Civil Veterinary Department Bengal reports 1923-33 - 1923-1933
Year: 1923
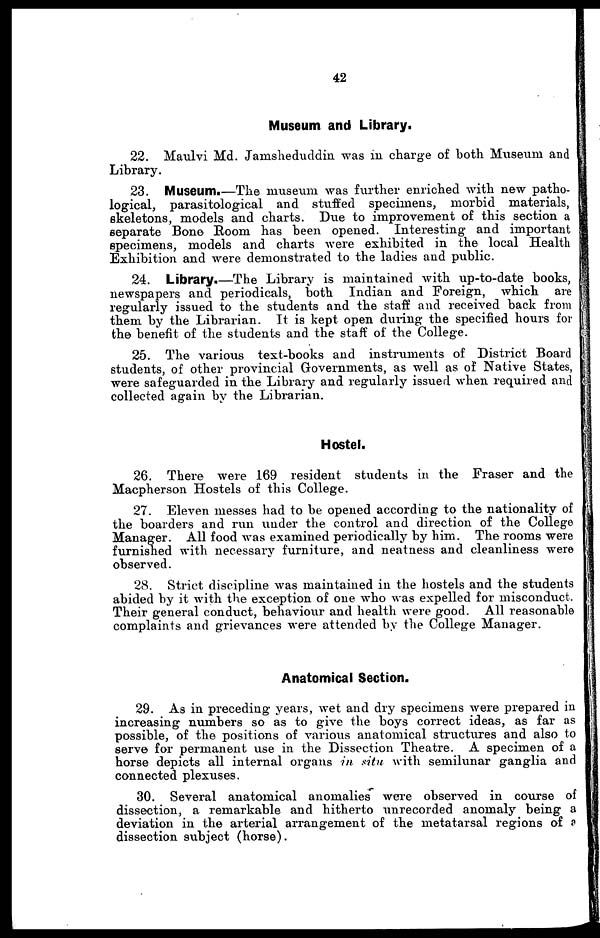
42
Museum and Library.
22. Maulvi Md. Jamsheduddin was in charge of both Museum and
Library.
23. Museum.—The museum was further enriched with new patho-
logical, parasitological and stuffed specimens, morbid materials,
skeletons, models and charts. Due to improvement of this section a
separate Bone Room has been opened. Interesting and important
specimens, models and charts were exhibited in the local Health
Exhibition and were demonstrated to the ladies and public.
24. Library.—The Library is maintained with up-to-date books,
newspapers and periodicals, both Indian and Foreign, which are
regularly issued to the students and the staff and received back from
them by the Librarian. It is kept open during the specified hours for
the benefit of the students and the staff of the College.
25. The various text-books and instruments of District Board
students, of other provincial Governments, as well as of Native States,
were safeguarded in the Library and regularly issued when required and
collected again by the Librarian.
Hostel.
26. There were 169 resident students in the Fraser and the
Macpherson Hostels of this College.
27. Eleven messes had to be opened according to the nationality of
the boarders and run under the control and direction of the College
Manager. All food was examined periodically by him. The rooms were
furnished with necessary furniture, and neatness and cleanliness were
observed.
28. Strict discipline was maintained in the hostels and the students
abided by it with the exception of one who was expelled for misconduct.
Their general conduct, behaviour and health were good. All reasonable
complaints and grievances were attended by the College Manager.
Anatomical Section.
29. As in preceding years, wet and dry specimens were prepared in
increasing numbers so as to give the boys correct ideas, as far as
possible, of the positions of various anatomical structures and also to
serve for permanent use in the Dissection Theatre. A specimen of a
horse depicts all internal organs in situ with semilunar ganglia and
connected plexuses.
30. Several anatomical anomalies were observed in course of
dissection, a remarkable and hitherto unrecorded anomaly being a
deviation in the arterial arrangement of the metatarsal regions of a
dissection subject (horse).